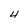
Character: 4